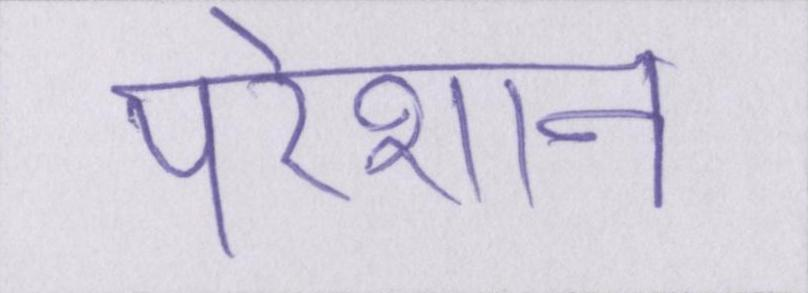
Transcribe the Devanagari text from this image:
परेशान